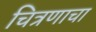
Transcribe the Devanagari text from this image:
चित्रणाचा